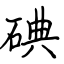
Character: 碘